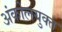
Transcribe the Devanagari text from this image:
अंकोलयुक्त